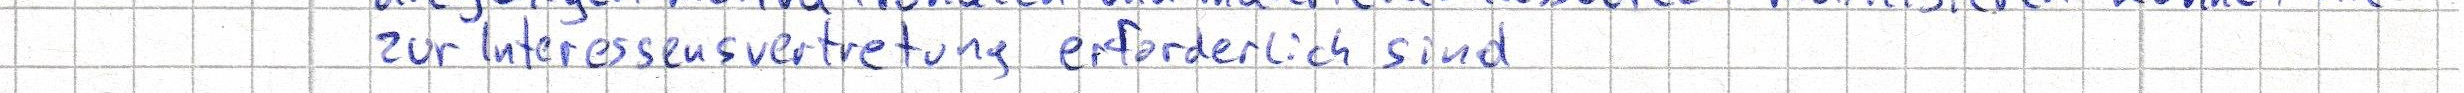
zur Interessensvertretung erforderlich sind